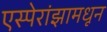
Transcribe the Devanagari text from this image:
एस्पेरांझामधून